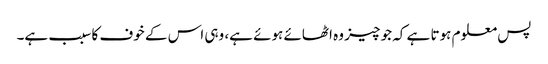
پس معلوم ہوتا ہے کہ جو چیز وہ اٹھائے ہوئے ہے، وہی اس کے خوف کا سبب ہے۔